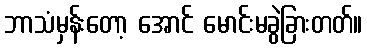
ဘာသံမှန်းတော့ အောင် မောင်းမခွဲခြားတတ်။